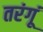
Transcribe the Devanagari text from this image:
तरंगूं